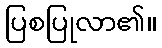
ပြစပြုလာ၏။